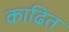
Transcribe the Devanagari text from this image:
काढित